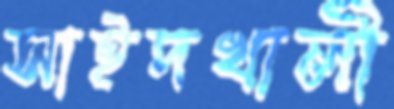
সাইদখালী